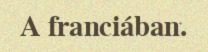
A franciában.